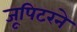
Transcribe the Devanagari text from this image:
जूपिटरने